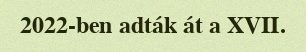
2022-ben adták át a XVII.